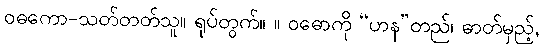
ဝဓကော-သတ်တတ်သူ။ ရုပ်တွက်။ ။ ဝဓောကို “ဟန”တည်၊ ဓာတ်မှည့်,